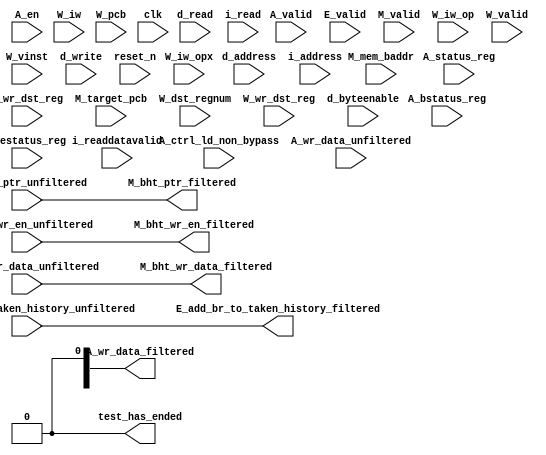
//Legal Notice: (C)2014 Altera Corporation. All rights reserved.  Your
//use of Altera Corporation's design tools, logic functions and other
//software and tools, and its AMPP partner logic functions, and any
//output files any of the foregoing (including device programming or
//simulation files), and any associated documentation or information are
//expressly subject to the terms and conditions of the Altera Program
//License Subscription Agreement or other applicable license agreement,
//including, without limitation, that your use is for the sole purpose
//of programming logic devices manufactured by Altera and sold by Altera
//or its authorized distributors.  Please refer to the applicable
//agreement for further details.

// synthesis translate_off
`timescale 1ns / 1ps
// synthesis translate_on

// turn off superfluous verilog processor warnings 
// altera message_level Level1 
// altera message_off 10034 10035 10036 10037 10230 10240 10030 

module audio_nios_cpu_test_bench (
                                   // inputs:
                                    A_bstatus_reg,
                                    A_ctrl_ld_non_bypass,
                                    A_en,
                                    A_estatus_reg,
                                    A_status_reg,
                                    A_valid,
                                    A_wr_data_unfiltered,
                                    A_wr_dst_reg,
                                    E_add_br_to_taken_history_unfiltered,
                                    E_valid,
                                    M_bht_ptr_unfiltered,
                                    M_bht_wr_data_unfiltered,
                                    M_bht_wr_en_unfiltered,
                                    M_mem_baddr,
                                    M_target_pcb,
                                    M_valid,
                                    W_dst_regnum,
                                    W_iw,
                                    W_iw_op,
                                    W_iw_opx,
                                    W_pcb,
                                    W_valid,
                                    W_vinst,
                                    W_wr_dst_reg,
                                    clk,
                                    d_address,
                                    d_byteenable,
                                    d_read,
                                    d_write,
                                    i_address,
                                    i_read,
                                    i_readdatavalid,
                                    reset_n,

                                   // outputs:
                                    A_wr_data_filtered,
                                    E_add_br_to_taken_history_filtered,
                                    M_bht_ptr_filtered,
                                    M_bht_wr_data_filtered,
                                    M_bht_wr_en_filtered,
                                    test_has_ended
                                 )
;

  output  [ 31: 0] A_wr_data_filtered;
  output           E_add_br_to_taken_history_filtered;
  output  [  7: 0] M_bht_ptr_filtered;
  output  [  1: 0] M_bht_wr_data_filtered;
  output           M_bht_wr_en_filtered;
  output           test_has_ended;
  input   [ 31: 0] A_bstatus_reg;
  input            A_ctrl_ld_non_bypass;
  input            A_en;
  input   [ 31: 0] A_estatus_reg;
  input   [ 31: 0] A_status_reg;
  input            A_valid;
  input   [ 31: 0] A_wr_data_unfiltered;
  input            A_wr_dst_reg;
  input            E_add_br_to_taken_history_unfiltered;
  input            E_valid;
  input   [  7: 0] M_bht_ptr_unfiltered;
  input   [  1: 0] M_bht_wr_data_unfiltered;
  input            M_bht_wr_en_unfiltered;
  input   [ 26: 0] M_mem_baddr;
  input   [ 26: 0] M_target_pcb;
  input            M_valid;
  input   [  4: 0] W_dst_regnum;
  input   [ 31: 0] W_iw;
  input   [  5: 0] W_iw_op;
  input   [  5: 0] W_iw_opx;
  input   [ 26: 0] W_pcb;
  input            W_valid;
  input   [ 55: 0] W_vinst;
  input            W_wr_dst_reg;
  input            clk;
  input   [ 26: 0] d_address;
  input   [  3: 0] d_byteenable;
  input            d_read;
  input            d_write;
  input   [ 26: 0] i_address;
  input            i_read;
  input            i_readdatavalid;
  input            reset_n;

  reg     [ 26: 0] A_mem_baddr;
  reg     [ 26: 0] A_target_pcb;
  wire    [ 31: 0] A_wr_data_filtered;
  wire             A_wr_data_unfiltered_0_is_x;
  wire             A_wr_data_unfiltered_10_is_x;
  wire             A_wr_data_unfiltered_11_is_x;
  wire             A_wr_data_unfiltered_12_is_x;
  wire             A_wr_data_unfiltered_13_is_x;
  wire             A_wr_data_unfiltered_14_is_x;
  wire             A_wr_data_unfiltered_15_is_x;
  wire             A_wr_data_unfiltered_16_is_x;
  wire             A_wr_data_unfiltered_17_is_x;
  wire             A_wr_data_unfiltered_18_is_x;
  wire             A_wr_data_unfiltered_19_is_x;
  wire             A_wr_data_unfiltered_1_is_x;
  wire             A_wr_data_unfiltered_20_is_x;
  wire             A_wr_data_unfiltered_21_is_x;
  wire             A_wr_data_unfiltered_22_is_x;
  wire             A_wr_data_unfiltered_23_is_x;
  wire             A_wr_data_unfiltered_24_is_x;
  wire             A_wr_data_unfiltered_25_is_x;
  wire             A_wr_data_unfiltered_26_is_x;
  wire             A_wr_data_unfiltered_27_is_x;
  wire             A_wr_data_unfiltered_28_is_x;
  wire             A_wr_data_unfiltered_29_is_x;
  wire             A_wr_data_unfiltered_2_is_x;
  wire             A_wr_data_unfiltered_30_is_x;
  wire             A_wr_data_unfiltered_31_is_x;
  wire             A_wr_data_unfiltered_3_is_x;
  wire             A_wr_data_unfiltered_4_is_x;
  wire             A_wr_data_unfiltered_5_is_x;
  wire             A_wr_data_unfiltered_6_is_x;
  wire             A_wr_data_unfiltered_7_is_x;
  wire             A_wr_data_unfiltered_8_is_x;
  wire             A_wr_data_unfiltered_9_is_x;
  wire             E_add_br_to_taken_history_filtered;
  wire    [  7: 0] M_bht_ptr_filtered;
  wire    [  1: 0] M_bht_wr_data_filtered;
  wire             M_bht_wr_en_filtered;
  wire             W_op_add;
  wire             W_op_addi;
  wire             W_op_and;
  wire             W_op_andhi;
  wire             W_op_andi;
  wire             W_op_beq;
  wire             W_op_bge;
  wire             W_op_bgeu;
  wire             W_op_blt;
  wire             W_op_bltu;
  wire             W_op_bne;
  wire             W_op_br;
  wire             W_op_break;
  wire             W_op_bret;
  wire             W_op_call;
  wire             W_op_callr;
  wire             W_op_cmpeq;
  wire             W_op_cmpeqi;
  wire             W_op_cmpge;
  wire             W_op_cmpgei;
  wire             W_op_cmpgeu;
  wire             W_op_cmpgeui;
  wire             W_op_cmplt;
  wire             W_op_cmplti;
  wire             W_op_cmpltu;
  wire             W_op_cmpltui;
  wire             W_op_cmpne;
  wire             W_op_cmpnei;
  wire             W_op_crst;
  wire             W_op_custom;
  wire             W_op_div;
  wire             W_op_divu;
  wire             W_op_eret;
  wire             W_op_flushd;
  wire             W_op_flushda;
  wire             W_op_flushi;
  wire             W_op_flushp;
  wire             W_op_hbreak;
  wire             W_op_initd;
  wire             W_op_initda;
  wire             W_op_initi;
  wire             W_op_intr;
  wire             W_op_jmp;
  wire             W_op_jmpi;
  wire             W_op_ldb;
  wire             W_op_ldbio;
  wire             W_op_ldbu;
  wire             W_op_ldbuio;
  wire             W_op_ldh;
  wire             W_op_ldhio;
  wire             W_op_ldhu;
  wire             W_op_ldhuio;
  wire             W_op_ldl;
  wire             W_op_ldw;
  wire             W_op_ldwio;
  wire             W_op_mul;
  wire             W_op_muli;
  wire             W_op_mulxss;
  wire             W_op_mulxsu;
  wire             W_op_mulxuu;
  wire             W_op_nextpc;
  wire             W_op_nor;
  wire             W_op_opx;
  wire             W_op_or;
  wire             W_op_orhi;
  wire             W_op_ori;
  wire             W_op_rdctl;
  wire             W_op_rdprs;
  wire             W_op_ret;
  wire             W_op_rol;
  wire             W_op_roli;
  wire             W_op_ror;
  wire             W_op_rsv02;
  wire             W_op_rsv09;
  wire             W_op_rsv10;
  wire             W_op_rsv17;
  wire             W_op_rsv18;
  wire             W_op_rsv25;
  wire             W_op_rsv26;
  wire             W_op_rsv33;
  wire             W_op_rsv34;
  wire             W_op_rsv41;
  wire             W_op_rsv42;
  wire             W_op_rsv49;
  wire             W_op_rsv57;
  wire             W_op_rsv61;
  wire             W_op_rsv62;
  wire             W_op_rsv63;
  wire             W_op_rsvx00;
  wire             W_op_rsvx10;
  wire             W_op_rsvx15;
  wire             W_op_rsvx17;
  wire             W_op_rsvx21;
  wire             W_op_rsvx25;
  wire             W_op_rsvx33;
  wire             W_op_rsvx34;
  wire             W_op_rsvx35;
  wire             W_op_rsvx42;
  wire             W_op_rsvx43;
  wire             W_op_rsvx44;
  wire             W_op_rsvx47;
  wire             W_op_rsvx50;
  wire             W_op_rsvx51;
  wire             W_op_rsvx55;
  wire             W_op_rsvx56;
  wire             W_op_rsvx60;
  wire             W_op_rsvx63;
  wire             W_op_sll;
  wire             W_op_slli;
  wire             W_op_sra;
  wire             W_op_srai;
  wire             W_op_srl;
  wire             W_op_srli;
  wire             W_op_stb;
  wire             W_op_stbio;
  wire             W_op_stc;
  wire             W_op_sth;
  wire             W_op_sthio;
  wire             W_op_stw;
  wire             W_op_stwio;
  wire             W_op_sub;
  wire             W_op_sync;
  wire             W_op_trap;
  wire             W_op_wrctl;
  wire             W_op_wrprs;
  wire             W_op_xor;
  wire             W_op_xorhi;
  wire             W_op_xori;
  wire             test_has_ended;
  assign W_op_call = W_iw_op == 0;
  assign W_op_jmpi = W_iw_op == 1;
  assign W_op_ldbu = W_iw_op == 3;
  assign W_op_addi = W_iw_op == 4;
  assign W_op_stb = W_iw_op == 5;
  assign W_op_br = W_iw_op == 6;
  assign W_op_ldb = W_iw_op == 7;
  assign W_op_cmpgei = W_iw_op == 8;
  assign W_op_ldhu = W_iw_op == 11;
  assign W_op_andi = W_iw_op == 12;
  assign W_op_sth = W_iw_op == 13;
  assign W_op_bge = W_iw_op == 14;
  assign W_op_ldh = W_iw_op == 15;
  assign W_op_cmplti = W_iw_op == 16;
  assign W_op_initda = W_iw_op == 19;
  assign W_op_ori = W_iw_op == 20;
  assign W_op_stw = W_iw_op == 21;
  assign W_op_blt = W_iw_op == 22;
  assign W_op_ldw = W_iw_op == 23;
  assign W_op_cmpnei = W_iw_op == 24;
  assign W_op_flushda = W_iw_op == 27;
  assign W_op_xori = W_iw_op == 28;
  assign W_op_stc = W_iw_op == 29;
  assign W_op_bne = W_iw_op == 30;
  assign W_op_ldl = W_iw_op == 31;
  assign W_op_cmpeqi = W_iw_op == 32;
  assign W_op_ldbuio = W_iw_op == 35;
  assign W_op_muli = W_iw_op == 36;
  assign W_op_stbio = W_iw_op == 37;
  assign W_op_beq = W_iw_op == 38;
  assign W_op_ldbio = W_iw_op == 39;
  assign W_op_cmpgeui = W_iw_op == 40;
  assign W_op_ldhuio = W_iw_op == 43;
  assign W_op_andhi = W_iw_op == 44;
  assign W_op_sthio = W_iw_op == 45;
  assign W_op_bgeu = W_iw_op == 46;
  assign W_op_ldhio = W_iw_op == 47;
  assign W_op_cmpltui = W_iw_op == 48;
  assign W_op_initd = W_iw_op == 51;
  assign W_op_orhi = W_iw_op == 52;
  assign W_op_stwio = W_iw_op == 53;
  assign W_op_bltu = W_iw_op == 54;
  assign W_op_ldwio = W_iw_op == 55;
  assign W_op_rdprs = W_iw_op == 56;
  assign W_op_flushd = W_iw_op == 59;
  assign W_op_xorhi = W_iw_op == 60;
  assign W_op_rsv02 = W_iw_op == 2;
  assign W_op_rsv09 = W_iw_op == 9;
  assign W_op_rsv10 = W_iw_op == 10;
  assign W_op_rsv17 = W_iw_op == 17;
  assign W_op_rsv18 = W_iw_op == 18;
  assign W_op_rsv25 = W_iw_op == 25;
  assign W_op_rsv26 = W_iw_op == 26;
  assign W_op_rsv33 = W_iw_op == 33;
  assign W_op_rsv34 = W_iw_op == 34;
  assign W_op_rsv41 = W_iw_op == 41;
  assign W_op_rsv42 = W_iw_op == 42;
  assign W_op_rsv49 = W_iw_op == 49;
  assign W_op_rsv57 = W_iw_op == 57;
  assign W_op_rsv61 = W_iw_op == 61;
  assign W_op_rsv62 = W_iw_op == 62;
  assign W_op_rsv63 = W_iw_op == 63;
  assign W_op_eret = W_op_opx & (W_iw_opx == 1);
  assign W_op_roli = W_op_opx & (W_iw_opx == 2);
  assign W_op_rol = W_op_opx & (W_iw_opx == 3);
  assign W_op_flushp = W_op_opx & (W_iw_opx == 4);
  assign W_op_ret = W_op_opx & (W_iw_opx == 5);
  assign W_op_nor = W_op_opx & (W_iw_opx == 6);
  assign W_op_mulxuu = W_op_opx & (W_iw_opx == 7);
  assign W_op_cmpge = W_op_opx & (W_iw_opx == 8);
  assign W_op_bret = W_op_opx & (W_iw_opx == 9);
  assign W_op_ror = W_op_opx & (W_iw_opx == 11);
  assign W_op_flushi = W_op_opx & (W_iw_opx == 12);
  assign W_op_jmp = W_op_opx & (W_iw_opx == 13);
  assign W_op_and = W_op_opx & (W_iw_opx == 14);
  assign W_op_cmplt = W_op_opx & (W_iw_opx == 16);
  assign W_op_slli = W_op_opx & (W_iw_opx == 18);
  assign W_op_sll = W_op_opx & (W_iw_opx == 19);
  assign W_op_wrprs = W_op_opx & (W_iw_opx == 20);
  assign W_op_or = W_op_opx & (W_iw_opx == 22);
  assign W_op_mulxsu = W_op_opx & (W_iw_opx == 23);
  assign W_op_cmpne = W_op_opx & (W_iw_opx == 24);
  assign W_op_srli = W_op_opx & (W_iw_opx == 26);
  assign W_op_srl = W_op_opx & (W_iw_opx == 27);
  assign W_op_nextpc = W_op_opx & (W_iw_opx == 28);
  assign W_op_callr = W_op_opx & (W_iw_opx == 29);
  assign W_op_xor = W_op_opx & (W_iw_opx == 30);
  assign W_op_mulxss = W_op_opx & (W_iw_opx == 31);
  assign W_op_cmpeq = W_op_opx & (W_iw_opx == 32);
  assign W_op_divu = W_op_opx & (W_iw_opx == 36);
  assign W_op_div = W_op_opx & (W_iw_opx == 37);
  assign W_op_rdctl = W_op_opx & (W_iw_opx == 38);
  assign W_op_mul = W_op_opx & (W_iw_opx == 39);
  assign W_op_cmpgeu = W_op_opx & (W_iw_opx == 40);
  assign W_op_initi = W_op_opx & (W_iw_opx == 41);
  assign W_op_trap = W_op_opx & (W_iw_opx == 45);
  assign W_op_wrctl = W_op_opx & (W_iw_opx == 46);
  assign W_op_cmpltu = W_op_opx & (W_iw_opx == 48);
  assign W_op_add = W_op_opx & (W_iw_opx == 49);
  assign W_op_break = W_op_opx & (W_iw_opx == 52);
  assign W_op_hbreak = W_op_opx & (W_iw_opx == 53);
  assign W_op_sync = W_op_opx & (W_iw_opx == 54);
  assign W_op_sub = W_op_opx & (W_iw_opx == 57);
  assign W_op_srai = W_op_opx & (W_iw_opx == 58);
  assign W_op_sra = W_op_opx & (W_iw_opx == 59);
  assign W_op_intr = W_op_opx & (W_iw_opx == 61);
  assign W_op_crst = W_op_opx & (W_iw_opx == 62);
  assign W_op_rsvx00 = W_op_opx & (W_iw_opx == 0);
  assign W_op_rsvx10 = W_op_opx & (W_iw_opx == 10);
  assign W_op_rsvx15 = W_op_opx & (W_iw_opx == 15);
  assign W_op_rsvx17 = W_op_opx & (W_iw_opx == 17);
  assign W_op_rsvx21 = W_op_opx & (W_iw_opx == 21);
  assign W_op_rsvx25 = W_op_opx & (W_iw_opx == 25);
  assign W_op_rsvx33 = W_op_opx & (W_iw_opx == 33);
  assign W_op_rsvx34 = W_op_opx & (W_iw_opx == 34);
  assign W_op_rsvx35 = W_op_opx & (W_iw_opx == 35);
  assign W_op_rsvx42 = W_op_opx & (W_iw_opx == 42);
  assign W_op_rsvx43 = W_op_opx & (W_iw_opx == 43);
  assign W_op_rsvx44 = W_op_opx & (W_iw_opx == 44);
  assign W_op_rsvx47 = W_op_opx & (W_iw_opx == 47);
  assign W_op_rsvx50 = W_op_opx & (W_iw_opx == 50);
  assign W_op_rsvx51 = W_op_opx & (W_iw_opx == 51);
  assign W_op_rsvx55 = W_op_opx & (W_iw_opx == 55);
  assign W_op_rsvx56 = W_op_opx & (W_iw_opx == 56);
  assign W_op_rsvx60 = W_op_opx & (W_iw_opx == 60);
  assign W_op_rsvx63 = W_op_opx & (W_iw_opx == 63);
  assign W_op_opx = W_iw_op == 58;
  assign W_op_custom = W_iw_op == 50;
  always @(posedge clk or negedge reset_n)
    begin
      if (reset_n == 0)
          A_target_pcb <= 0;
      else if (A_en)
          A_target_pcb <= M_target_pcb;
    end


  always @(posedge clk or negedge reset_n)
    begin
      if (reset_n == 0)
          A_mem_baddr <= 0;
      else if (A_en)
          A_mem_baddr <= M_mem_baddr;
    end


  //Propagating 'X' data bits
  assign E_add_br_to_taken_history_filtered = E_add_br_to_taken_history_unfiltered;

  //Propagating 'X' data bits
  assign M_bht_wr_en_filtered = M_bht_wr_en_unfiltered;

  //Propagating 'X' data bits
  assign M_bht_wr_data_filtered = M_bht_wr_data_unfiltered;

  //Propagating 'X' data bits
  assign M_bht_ptr_filtered = M_bht_ptr_unfiltered;

  assign test_has_ended = 1'b0;

//synthesis translate_off
//////////////// SIMULATION-ONLY CONTENTS
  //Clearing 'X' data bits
  assign A_wr_data_unfiltered_0_is_x = ^(A_wr_data_unfiltered[0]) === 1'bx;

  assign A_wr_data_filtered[0] = (A_wr_data_unfiltered_0_is_x & (A_ctrl_ld_non_bypass)) ? 1'b0 : A_wr_data_unfiltered[0];
  assign A_wr_data_unfiltered_1_is_x = ^(A_wr_data_unfiltered[1]) === 1'bx;
  assign A_wr_data_filtered[1] = (A_wr_data_unfiltered_1_is_x & (A_ctrl_ld_non_bypass)) ? 1'b0 : A_wr_data_unfiltered[1];
  assign A_wr_data_unfiltered_2_is_x = ^(A_wr_data_unfiltered[2]) === 1'bx;
  assign A_wr_data_filtered[2] = (A_wr_data_unfiltered_2_is_x & (A_ctrl_ld_non_bypass)) ? 1'b0 : A_wr_data_unfiltered[2];
  assign A_wr_data_unfiltered_3_is_x = ^(A_wr_data_unfiltered[3]) === 1'bx;
  assign A_wr_data_filtered[3] = (A_wr_data_unfiltered_3_is_x & (A_ctrl_ld_non_bypass)) ? 1'b0 : A_wr_data_unfiltered[3];
  assign A_wr_data_unfiltered_4_is_x = ^(A_wr_data_unfiltered[4]) === 1'bx;
  assign A_wr_data_filtered[4] = (A_wr_data_unfiltered_4_is_x & (A_ctrl_ld_non_bypass)) ? 1'b0 : A_wr_data_unfiltered[4];
  assign A_wr_data_unfiltered_5_is_x = ^(A_wr_data_unfiltered[5]) === 1'bx;
  assign A_wr_data_filtered[5] = (A_wr_data_unfiltered_5_is_x & (A_ctrl_ld_non_bypass)) ? 1'b0 : A_wr_data_unfiltered[5];
  assign A_wr_data_unfiltered_6_is_x = ^(A_wr_data_unfiltered[6]) === 1'bx;
  assign A_wr_data_filtered[6] = (A_wr_data_unfiltered_6_is_x & (A_ctrl_ld_non_bypass)) ? 1'b0 : A_wr_data_unfiltered[6];
  assign A_wr_data_unfiltered_7_is_x = ^(A_wr_data_unfiltered[7]) === 1'bx;
  assign A_wr_data_filtered[7] = (A_wr_data_unfiltered_7_is_x & (A_ctrl_ld_non_bypass)) ? 1'b0 : A_wr_data_unfiltered[7];
  assign A_wr_data_unfiltered_8_is_x = ^(A_wr_data_unfiltered[8]) === 1'bx;
  assign A_wr_data_filtered[8] = (A_wr_data_unfiltered_8_is_x & (A_ctrl_ld_non_bypass)) ? 1'b0 : A_wr_data_unfiltered[8];
  assign A_wr_data_unfiltered_9_is_x = ^(A_wr_data_unfiltered[9]) === 1'bx;
  assign A_wr_data_filtered[9] = (A_wr_data_unfiltered_9_is_x & (A_ctrl_ld_non_bypass)) ? 1'b0 : A_wr_data_unfiltered[9];
  assign A_wr_data_unfiltered_10_is_x = ^(A_wr_data_unfiltered[10]) === 1'bx;
  assign A_wr_data_filtered[10] = (A_wr_data_unfiltered_10_is_x & (A_ctrl_ld_non_bypass)) ? 1'b0 : A_wr_data_unfiltered[10];
  assign A_wr_data_unfiltered_11_is_x = ^(A_wr_data_unfiltered[11]) === 1'bx;
  assign A_wr_data_filtered[11] = (A_wr_data_unfiltered_11_is_x & (A_ctrl_ld_non_bypass)) ? 1'b0 : A_wr_data_unfiltered[11];
  assign A_wr_data_unfiltered_12_is_x = ^(A_wr_data_unfiltered[12]) === 1'bx;
  assign A_wr_data_filtered[12] = (A_wr_data_unfiltered_12_is_x & (A_ctrl_ld_non_bypass)) ? 1'b0 : A_wr_data_unfiltered[12];
  assign A_wr_data_unfiltered_13_is_x = ^(A_wr_data_unfiltered[13]) === 1'bx;
  assign A_wr_data_filtered[13] = (A_wr_data_unfiltered_13_is_x & (A_ctrl_ld_non_bypass)) ? 1'b0 : A_wr_data_unfiltered[13];
  assign A_wr_data_unfiltered_14_is_x = ^(A_wr_data_unfiltered[14]) === 1'bx;
  assign A_wr_data_filtered[14] = (A_wr_data_unfiltered_14_is_x & (A_ctrl_ld_non_bypass)) ? 1'b0 : A_wr_data_unfiltered[14];
  assign A_wr_data_unfiltered_15_is_x = ^(A_wr_data_unfiltered[15]) === 1'bx;
  assign A_wr_data_filtered[15] = (A_wr_data_unfiltered_15_is_x & (A_ctrl_ld_non_bypass)) ? 1'b0 : A_wr_data_unfiltered[15];
  assign A_wr_data_unfiltered_16_is_x = ^(A_wr_data_unfiltered[16]) === 1'bx;
  assign A_wr_data_filtered[16] = (A_wr_data_unfiltered_16_is_x & (A_ctrl_ld_non_bypass)) ? 1'b0 : A_wr_data_unfiltered[16];
  assign A_wr_data_unfiltered_17_is_x = ^(A_wr_data_unfiltered[17]) === 1'bx;
  assign A_wr_data_filtered[17] = (A_wr_data_unfiltered_17_is_x & (A_ctrl_ld_non_bypass)) ? 1'b0 : A_wr_data_unfiltered[17];
  assign A_wr_data_unfiltered_18_is_x = ^(A_wr_data_unfiltered[18]) === 1'bx;
  assign A_wr_data_filtered[18] = (A_wr_data_unfiltered_18_is_x & (A_ctrl_ld_non_bypass)) ? 1'b0 : A_wr_data_unfiltered[18];
  assign A_wr_data_unfiltered_19_is_x = ^(A_wr_data_unfiltered[19]) === 1'bx;
  assign A_wr_data_filtered[19] = (A_wr_data_unfiltered_19_is_x & (A_ctrl_ld_non_bypass)) ? 1'b0 : A_wr_data_unfiltered[19];
  assign A_wr_data_unfiltered_20_is_x = ^(A_wr_data_unfiltered[20]) === 1'bx;
  assign A_wr_data_filtered[20] = (A_wr_data_unfiltered_20_is_x & (A_ctrl_ld_non_bypass)) ? 1'b0 : A_wr_data_unfiltered[20];
  assign A_wr_data_unfiltered_21_is_x = ^(A_wr_data_unfiltered[21]) === 1'bx;
  assign A_wr_data_filtered[21] = (A_wr_data_unfiltered_21_is_x & (A_ctrl_ld_non_bypass)) ? 1'b0 : A_wr_data_unfiltered[21];
  assign A_wr_data_unfiltered_22_is_x = ^(A_wr_data_unfiltered[22]) === 1'bx;
  assign A_wr_data_filtered[22] = (A_wr_data_unfiltered_22_is_x & (A_ctrl_ld_non_bypass)) ? 1'b0 : A_wr_data_unfiltered[22];
  assign A_wr_data_unfiltered_23_is_x = ^(A_wr_data_unfiltered[23]) === 1'bx;
  assign A_wr_data_filtered[23] = (A_wr_data_unfiltered_23_is_x & (A_ctrl_ld_non_bypass)) ? 1'b0 : A_wr_data_unfiltered[23];
  assign A_wr_data_unfiltered_24_is_x = ^(A_wr_data_unfiltered[24]) === 1'bx;
  assign A_wr_data_filtered[24] = (A_wr_data_unfiltered_24_is_x & (A_ctrl_ld_non_bypass)) ? 1'b0 : A_wr_data_unfiltered[24];
  assign A_wr_data_unfiltered_25_is_x = ^(A_wr_data_unfiltered[25]) === 1'bx;
  assign A_wr_data_filtered[25] = (A_wr_data_unfiltered_25_is_x & (A_ctrl_ld_non_bypass)) ? 1'b0 : A_wr_data_unfiltered[25];
  assign A_wr_data_unfiltered_26_is_x = ^(A_wr_data_unfiltered[26]) === 1'bx;
  assign A_wr_data_filtered[26] = (A_wr_data_unfiltered_26_is_x & (A_ctrl_ld_non_bypass)) ? 1'b0 : A_wr_data_unfiltered[26];
  assign A_wr_data_unfiltered_27_is_x = ^(A_wr_data_unfiltered[27]) === 1'bx;
  assign A_wr_data_filtered[27] = (A_wr_data_unfiltered_27_is_x & (A_ctrl_ld_non_bypass)) ? 1'b0 : A_wr_data_unfiltered[27];
  assign A_wr_data_unfiltered_28_is_x = ^(A_wr_data_unfiltered[28]) === 1'bx;
  assign A_wr_data_filtered[28] = (A_wr_data_unfiltered_28_is_x & (A_ctrl_ld_non_bypass)) ? 1'b0 : A_wr_data_unfiltered[28];
  assign A_wr_data_unfiltered_29_is_x = ^(A_wr_data_unfiltered[29]) === 1'bx;
  assign A_wr_data_filtered[29] = (A_wr_data_unfiltered_29_is_x & (A_ctrl_ld_non_bypass)) ? 1'b0 : A_wr_data_unfiltered[29];
  assign A_wr_data_unfiltered_30_is_x = ^(A_wr_data_unfiltered[30]) === 1'bx;
  assign A_wr_data_filtered[30] = (A_wr_data_unfiltered_30_is_x & (A_ctrl_ld_non_bypass)) ? 1'b0 : A_wr_data_unfiltered[30];
  assign A_wr_data_unfiltered_31_is_x = ^(A_wr_data_unfiltered[31]) === 1'bx;
  assign A_wr_data_filtered[31] = (A_wr_data_unfiltered_31_is_x & (A_ctrl_ld_non_bypass)) ? 1'b0 : A_wr_data_unfiltered[31];
  always @(posedge clk)
    begin
      if (reset_n)
          if (^(W_wr_dst_reg) === 1'bx)
            begin
              $write("%0d ns: ERROR: audio_nios_cpu_test_bench/W_wr_dst_reg is 'x'\n", $time);
              $stop;
            end
    end


  always @(posedge clk or negedge reset_n)
    begin
      if (reset_n == 0)
        begin
        end
      else if (W_wr_dst_reg)
          if (^(W_dst_regnum) === 1'bx)
            begin
              $write("%0d ns: ERROR: audio_nios_cpu_test_bench/W_dst_regnum is 'x'\n", $time);
              $stop;
            end
    end


  always @(posedge clk)
    begin
      if (reset_n)
          if (^(W_valid) === 1'bx)
            begin
              $write("%0d ns: ERROR: audio_nios_cpu_test_bench/W_valid is 'x'\n", $time);
              $stop;
            end
    end


  always @(posedge clk or negedge reset_n)
    begin
      if (reset_n == 0)
        begin
        end
      else if (W_valid)
          if (^(W_pcb) === 1'bx)
            begin
              $write("%0d ns: ERROR: audio_nios_cpu_test_bench/W_pcb is 'x'\n", $time);
              $stop;
            end
    end


  always @(posedge clk or negedge reset_n)
    begin
      if (reset_n == 0)
        begin
        end
      else if (W_valid)
          if (^(W_iw) === 1'bx)
            begin
              $write("%0d ns: ERROR: audio_nios_cpu_test_bench/W_iw is 'x'\n", $time);
              $stop;
            end
    end


  always @(posedge clk)
    begin
      if (reset_n)
          if (^(A_en) === 1'bx)
            begin
              $write("%0d ns: ERROR: audio_nios_cpu_test_bench/A_en is 'x'\n", $time);
              $stop;
            end
    end


  always @(posedge clk)
    begin
      if (reset_n)
          if (^(E_valid) === 1'bx)
            begin
              $write("%0d ns: ERROR: audio_nios_cpu_test_bench/E_valid is 'x'\n", $time);
              $stop;
            end
    end


  always @(posedge clk)
    begin
      if (reset_n)
          if (^(M_valid) === 1'bx)
            begin
              $write("%0d ns: ERROR: audio_nios_cpu_test_bench/M_valid is 'x'\n", $time);
              $stop;
            end
    end


  always @(posedge clk)
    begin
      if (reset_n)
          if (^(A_valid) === 1'bx)
            begin
              $write("%0d ns: ERROR: audio_nios_cpu_test_bench/A_valid is 'x'\n", $time);
              $stop;
            end
    end


  always @(posedge clk or negedge reset_n)
    begin
      if (reset_n == 0)
        begin
        end
      else if (A_valid & A_en & A_wr_dst_reg)
          if (^(A_wr_data_unfiltered) === 1'bx)
            begin
              $write("%0d ns: WARNING: audio_nios_cpu_test_bench/A_wr_data_unfiltered is 'x'\n", $time);
            end
    end


  always @(posedge clk)
    begin
      if (reset_n)
          if (^(A_status_reg) === 1'bx)
            begin
              $write("%0d ns: ERROR: audio_nios_cpu_test_bench/A_status_reg is 'x'\n", $time);
              $stop;
            end
    end


  always @(posedge clk)
    begin
      if (reset_n)
          if (^(A_estatus_reg) === 1'bx)
            begin
              $write("%0d ns: ERROR: audio_nios_cpu_test_bench/A_estatus_reg is 'x'\n", $time);
              $stop;
            end
    end


  always @(posedge clk)
    begin
      if (reset_n)
          if (^(A_bstatus_reg) === 1'bx)
            begin
              $write("%0d ns: ERROR: audio_nios_cpu_test_bench/A_bstatus_reg is 'x'\n", $time);
              $stop;
            end
    end


  always @(posedge clk)
    begin
      if (reset_n)
          if (^(i_read) === 1'bx)
            begin
              $write("%0d ns: ERROR: audio_nios_cpu_test_bench/i_read is 'x'\n", $time);
              $stop;
            end
    end


  always @(posedge clk or negedge reset_n)
    begin
      if (reset_n == 0)
        begin
        end
      else if (i_read)
          if (^(i_address) === 1'bx)
            begin
              $write("%0d ns: ERROR: audio_nios_cpu_test_bench/i_address is 'x'\n", $time);
              $stop;
            end
    end


  always @(posedge clk)
    begin
      if (reset_n)
          if (^(i_readdatavalid) === 1'bx)
            begin
              $write("%0d ns: ERROR: audio_nios_cpu_test_bench/i_readdatavalid is 'x'\n", $time);
              $stop;
            end
    end


  always @(posedge clk)
    begin
      if (reset_n)
          if (^(d_write) === 1'bx)
            begin
              $write("%0d ns: ERROR: audio_nios_cpu_test_bench/d_write is 'x'\n", $time);
              $stop;
            end
    end


  always @(posedge clk or negedge reset_n)
    begin
      if (reset_n == 0)
        begin
        end
      else if (d_write)
          if (^(d_byteenable) === 1'bx)
            begin
              $write("%0d ns: ERROR: audio_nios_cpu_test_bench/d_byteenable is 'x'\n", $time);
              $stop;
            end
    end


  always @(posedge clk or negedge reset_n)
    begin
      if (reset_n == 0)
        begin
        end
      else if (d_write | d_read)
          if (^(d_address) === 1'bx)
            begin
              $write("%0d ns: ERROR: audio_nios_cpu_test_bench/d_address is 'x'\n", $time);
              $stop;
            end
    end


  always @(posedge clk)
    begin
      if (reset_n)
          if (^(d_read) === 1'bx)
            begin
              $write("%0d ns: ERROR: audio_nios_cpu_test_bench/d_read is 'x'\n", $time);
              $stop;
            end
    end



//////////////// END SIMULATION-ONLY CONTENTS

//synthesis translate_on
//synthesis read_comments_as_HDL on
//  
//  assign A_wr_data_filtered = A_wr_data_unfiltered;
//
//synthesis read_comments_as_HDL off

endmodule